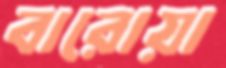
বারোয়া